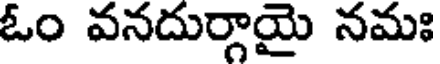
ఓం వనదుర్గాయై నమః